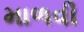
માળવી